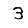
Digit: 3